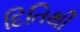
દિતિથી